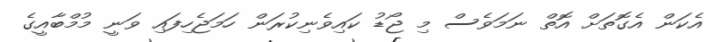
އެކަން އެގޮތަށް އޮތް ނަމަވެސް މި ޖޯޑު ކައިވެނިކުރަން ހަމަޖެހިފައި ވަނީ މުމްބާއީގެ